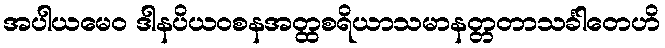
အပါယမေဝ ဒါနပိယဝစနအတ္ထစရိယာသမာနတ္တတာသင်္ခါတေဟိ